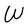
Character: W